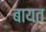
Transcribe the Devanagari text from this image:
बायत